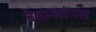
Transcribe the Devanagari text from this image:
वेदान्थांगल